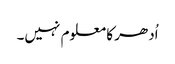
اُدھر کا معلوم نہیں۔